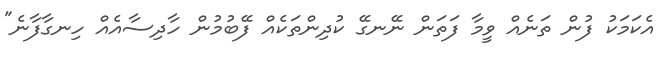
އެކަމަކު ފުން ތަނެއް ވީމާ ފަތަން ނޭނގޭ ކުދިންތަކެއް ފޭބުމުން ހާދިސާއެއް ހިނގާފާނެ"